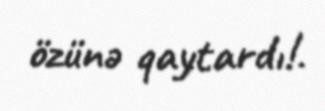
özünə qaytardı!.